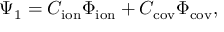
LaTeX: \Psi _ { 1 } = C _ { \mathrm { i o n } } \Phi _ { \mathrm { i o n } } + C _ { \mathrm { c o v } } \Phi _ { \mathrm { c o v } } ,